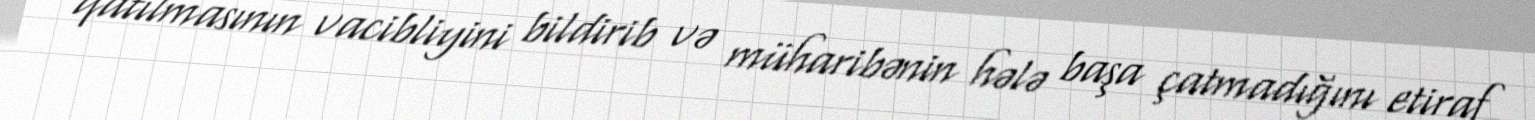
qatılmasının vacibliyini bildirib və müharibənin hələ başa çatmadığını etiraf